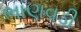
ભાણવડી